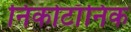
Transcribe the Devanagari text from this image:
निकोटाँनिक